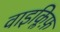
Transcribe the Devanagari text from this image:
वाइक्लिफ़